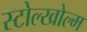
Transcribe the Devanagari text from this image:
स्टोल्खोल्म